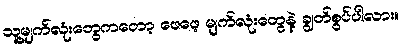
သူ့မျက်လုံးတွေကတော့ ဖေဖေ့ မျက်လုံးတွေနဲ့ ချွတ်စွပ်ပါလား။